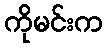
ကိုမင်းက